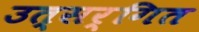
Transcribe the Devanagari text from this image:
उत्सर्गित